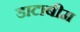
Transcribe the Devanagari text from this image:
डाटाबीम